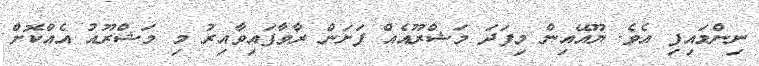
ނިންމައިފި އެވެ. ޔޫއޭއިން މިފަދަ މަޝްރޫއެއް ފަށަން ރާވާފައިވާއިރު މި މަޝްރޫއު އެއްކޮށް